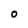
Character: 0